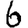
Digit: 6